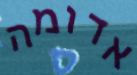
אדומה